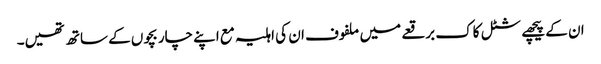
ان کے پیچھے شٹل کاک برقعے میں ملفوف ان کی اہلیہ مع اپنے چار بچوں کے ساتھ تھیں۔